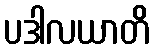
ပဒါလယာတိ